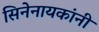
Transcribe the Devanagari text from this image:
सिनेनायकांनी